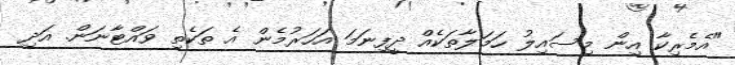
"އެމެރިކާ އިން މިސައިލު ހަމަލާތަކެއް ދީފިނަމަ އަހަރުމެން އެ ތަކެތި ވައްޓާނަން. އަދި